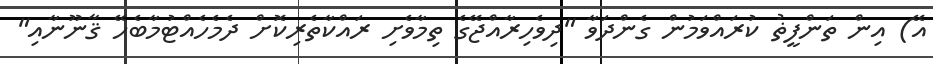
އޭ) އިން ތަންފީޡު ކުރައްވަމުން ގެންދަވާ "ދިވެހިރާއްޖޭގެ ތިމާވެށި ރައްކާތެރިކޮށް ދެމެހެއްޓުމާބެހޭ ޤާނޫނާއި"